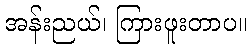
အန်းညယ်၊ ကြားဖူးတာပ။